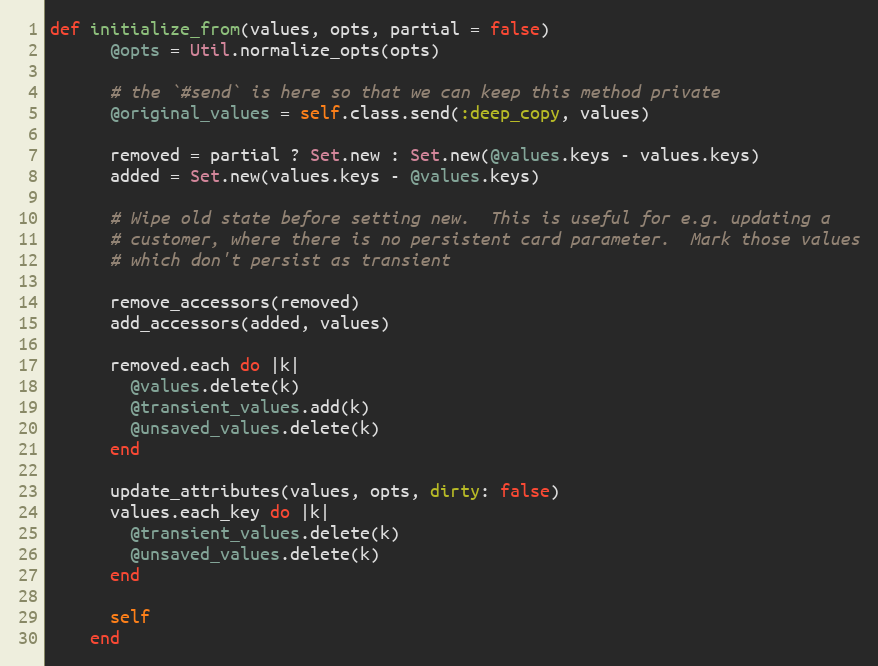
Language: Ruby
def initialize_from(values, opts, partial = false)
      @opts = Util.normalize_opts(opts)

      # the `#send` is here so that we can keep this method private
      @original_values = self.class.send(:deep_copy, values)

      removed = partial ? Set.new : Set.new(@values.keys - values.keys)
      added = Set.new(values.keys - @values.keys)

      # Wipe old state before setting new.  This is useful for e.g. updating a
      # customer, where there is no persistent card parameter.  Mark those values
      # which don't persist as transient

      remove_accessors(removed)
      add_accessors(added, values)

      removed.each do |k|
        @values.delete(k)
        @transient_values.add(k)
        @unsaved_values.delete(k)
      end

      update_attributes(values, opts, dirty: false)
      values.each_key do |k|
        @transient_values.delete(k)
        @unsaved_values.delete(k)
      end

      self
    end